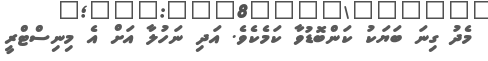
މެދު ގިނަ ބަޔަކު ކަންބޮޑުވާ ކަމެކެވެ. އަދި ނަހުލާ އަށް އެ މިނިސްޓްރީ